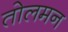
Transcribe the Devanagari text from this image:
तोलमन